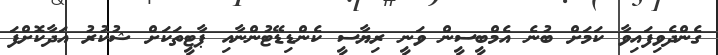
ގެންދެވިފައިވާ ކަމަށް ބުނެ އެމްބީސީން ވަނީ ރިޔާސީ ކެންޑިޑޭޓުންނާއި ޕާޓީތަކަށް ޝުކުރު އަދާކޮށްފަ